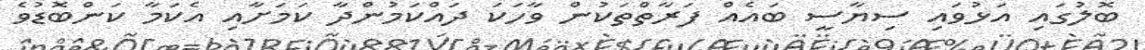
ބޮލުގައި އަޅުވައި ސިޔާސީ ބައެއް ފަރާތްތަކުން ވާހަކަ ދައްކަމުންދާ ކަމަށާއި އެކަމާ ކަންބޮޑުވެ